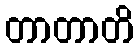
တာတာတိ